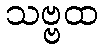
သဗ္ဗထ